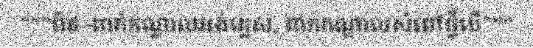
"""ពិត -ពាក់កណ្តាលអង់គ្លេស, ពាក់កណ្តាលសំពៅថ្វីបើ"""